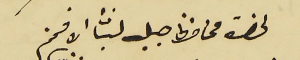
لحضرة محافظ جبل لبنان الافخم